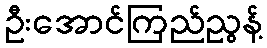
ဦးအောင်ကြည်ညွန့်